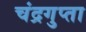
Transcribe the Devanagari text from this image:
चंद्रगुप्ता